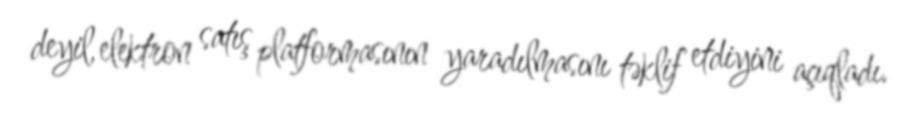
deyil, elektron satış platformasının yaradılmasını təklif etdiyini açıqladı.